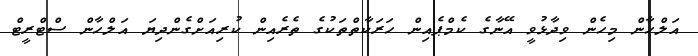
އަލްހާން މިހެން ވިދާޅުވީ އޭނާގެ ކެމްޕެއިން ހަރަކާތްތަކުގެ ތެރެއިން ކުރިއަށްގެންދިޔަ އަލްހާން ސްޓްރީޓް